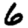
Digit: 6